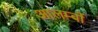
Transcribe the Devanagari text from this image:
आलम्बों